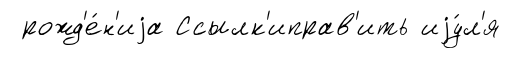
рожд'е́н'иjа Ссылк'иправ'ить иjу́л'я